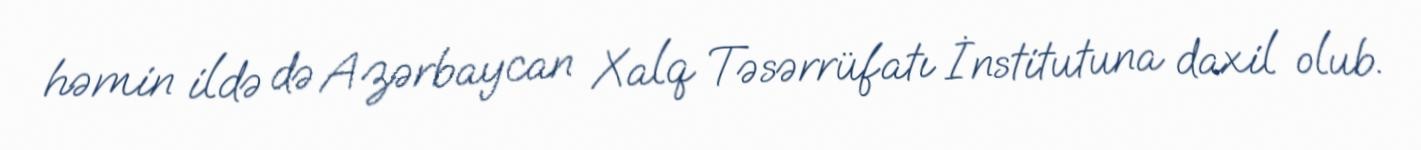
həmin ildə də Azərbaycan Xalq Təsərrüfatı İnstitutuna daxil olub.